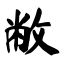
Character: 敝